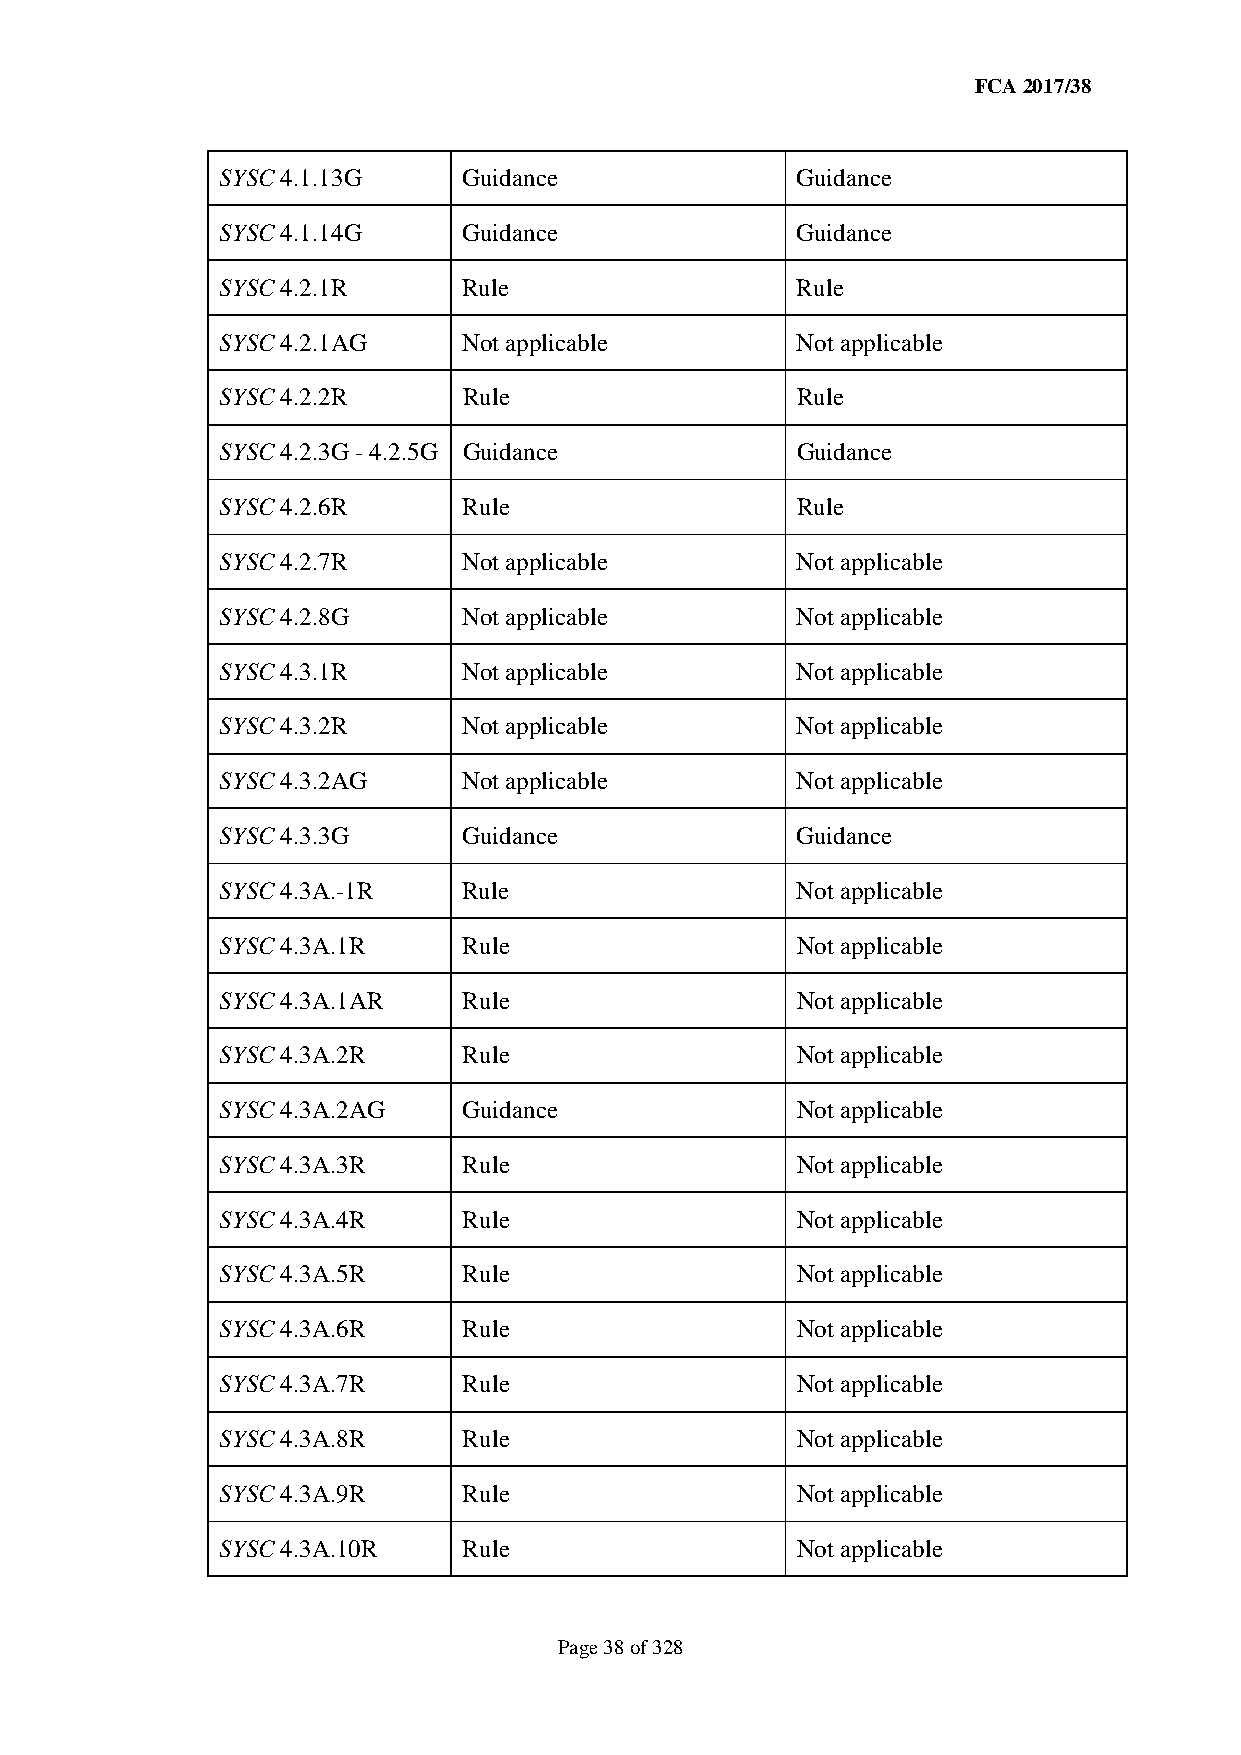
FCA 2017/38
 SYSC 4.1.13G    Guidance              Guidance
 SYSC 4.1.14G    Guidance              Guidance
 SYSC 4.2.1R     Rule                  Rule
 SYSC 4.2.1AG    Not applicable        Not applicable
 SYSC 4.2.2R     Rule                  Rule
 SYSC 4.2.3G - 4.2.5G Guidance         Guidance
 SYSC 4.2.6R     Rule                  Rule
 SYSC 4.2.7R     Not applicable        Not applicable
 SYSC 4.2.8G     Not applicable        Not applicable
 SYSC 4.3.1R     Not applicable        Not applicable
 SYSC 4.3.2R     Not applicable        Not applicable
 SYSC 4.3.2AG    Not applicable        Not applicable
 SYSC 4.3.3G     Guidance              Guidance
 SYSC 4.3A.-1R   Rule                  Not applicable
 SYSC 4.3A.1R    Rule                  Not applicable
 SYSC 4.3A.1AR   Rule                  Not applicable
 SYSC 4.3A.2R    Rule                  Not applicable
 SYSC 4.3A.2AG   Guidance              Not applicable
 SYSC 4.3A.3R    Rule                  Not applicable
 SYSC 4.3A.4R    Rule                  Not applicable
 SYSC 4.3A.5R    Rule                  Not applicable
 SYSC 4.3A.6R    Rule                  Not applicable
 SYSC 4.3A.7R    Rule                  Not applicable
 SYSC 4.3A.8R    Rule                  Not applicable
 SYSC 4.3A.9R    Rule                  Not applicable
 SYSC 4.3A.10R   Rule                  Not applicable
 Page 38 of 328